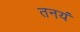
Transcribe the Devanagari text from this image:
तनयं